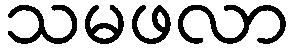
သမဖလာ